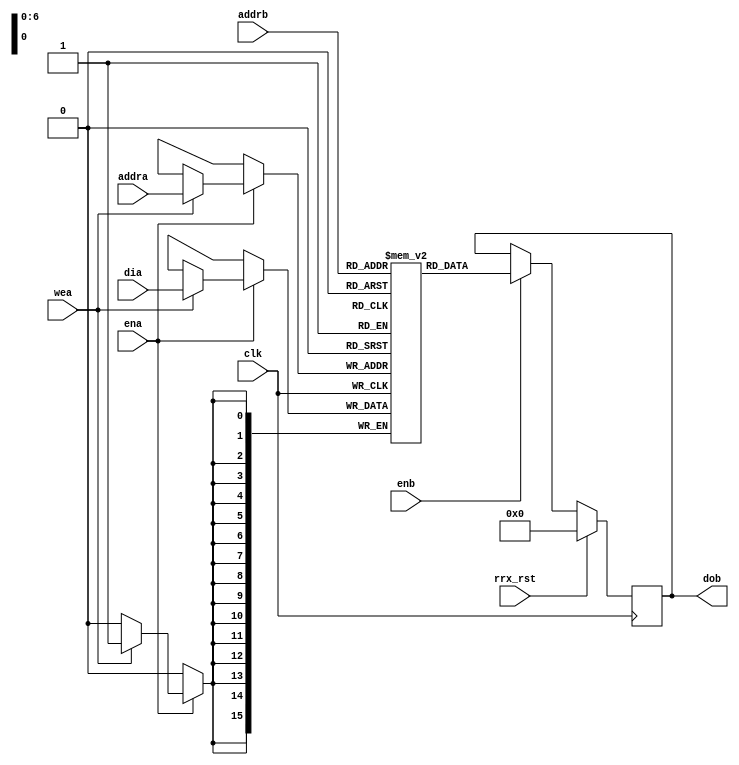
// Simple Dual-Port Block RAM with One Clock

/**
 * GENERAL DESCRIPTION:
 *
 * -Multipurpose 16 bit by 128 lines RAM
 *
 *
 * CONSTRAINTS:
 *
 *
 */

module rx_BRAM_16_128 (clk, rrx_rst, ena,enb,wea,addra,addrb,dia,dob);

  input                clk    ;  //clock
  input                rrx_rst;
  input                ena    ;  //enable
  input                enb    ;  //enable read
  input                wea    ;  //write enable
  input          [6:0] addra  ;  //write address
  input          [6:0] addrb  ;  //read addr
  input  signed [15:0] dia    ;  //data in
  output signed [15:0] dob    ;  //data out

  reg signed [15:0] ram [127:0];
  reg signed [15:0] doa        ;
  reg signed [15:0] dob        ;

  integer i;

  //set initial value of memories to zero
  initial begin
    for (i = 0; i < 128; i = i + 1) begin
      ram[i] = 0;
    end
  end

  always @(posedge clk) begin
   if (ena) begin
      if (wea)
          ram[addra] <= dia;
   end
  end

  always @(posedge clk) begin
    if (rrx_rst) begin
      dob <= 0;
    end else begin
      if (enb) begin
        dob <= ram[addrb];
      end
    end
  end

endmodule